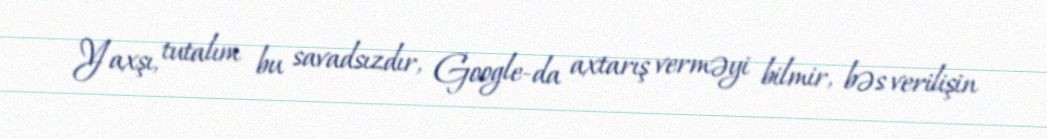
Yaxşı, tutalım bu savadsızdır, Google-da axtarış verməyi bilmir, bəs verilişin